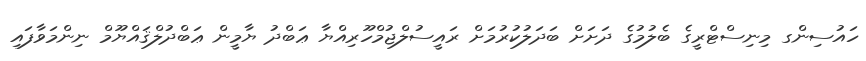
ހައުސިންގ މިނިސްޓްރީގެ ބެލުމުގެ ދަށަށް ބަދަލުކުރުމަށް ރައީސުލްޖުމްހޫރިއްޔާ ޢަބްދު ޔާމީން ޢަބްދުލްޤައްޔޫމް ނިންމަވާފައި